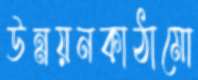
উন্নয়নকাঠামো